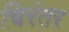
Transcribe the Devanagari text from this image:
चिरंतर